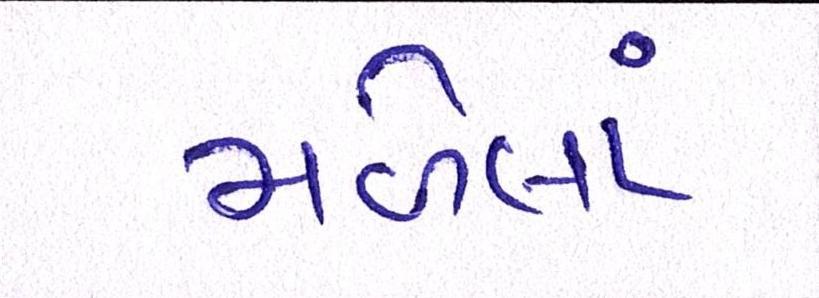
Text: મળેલાં